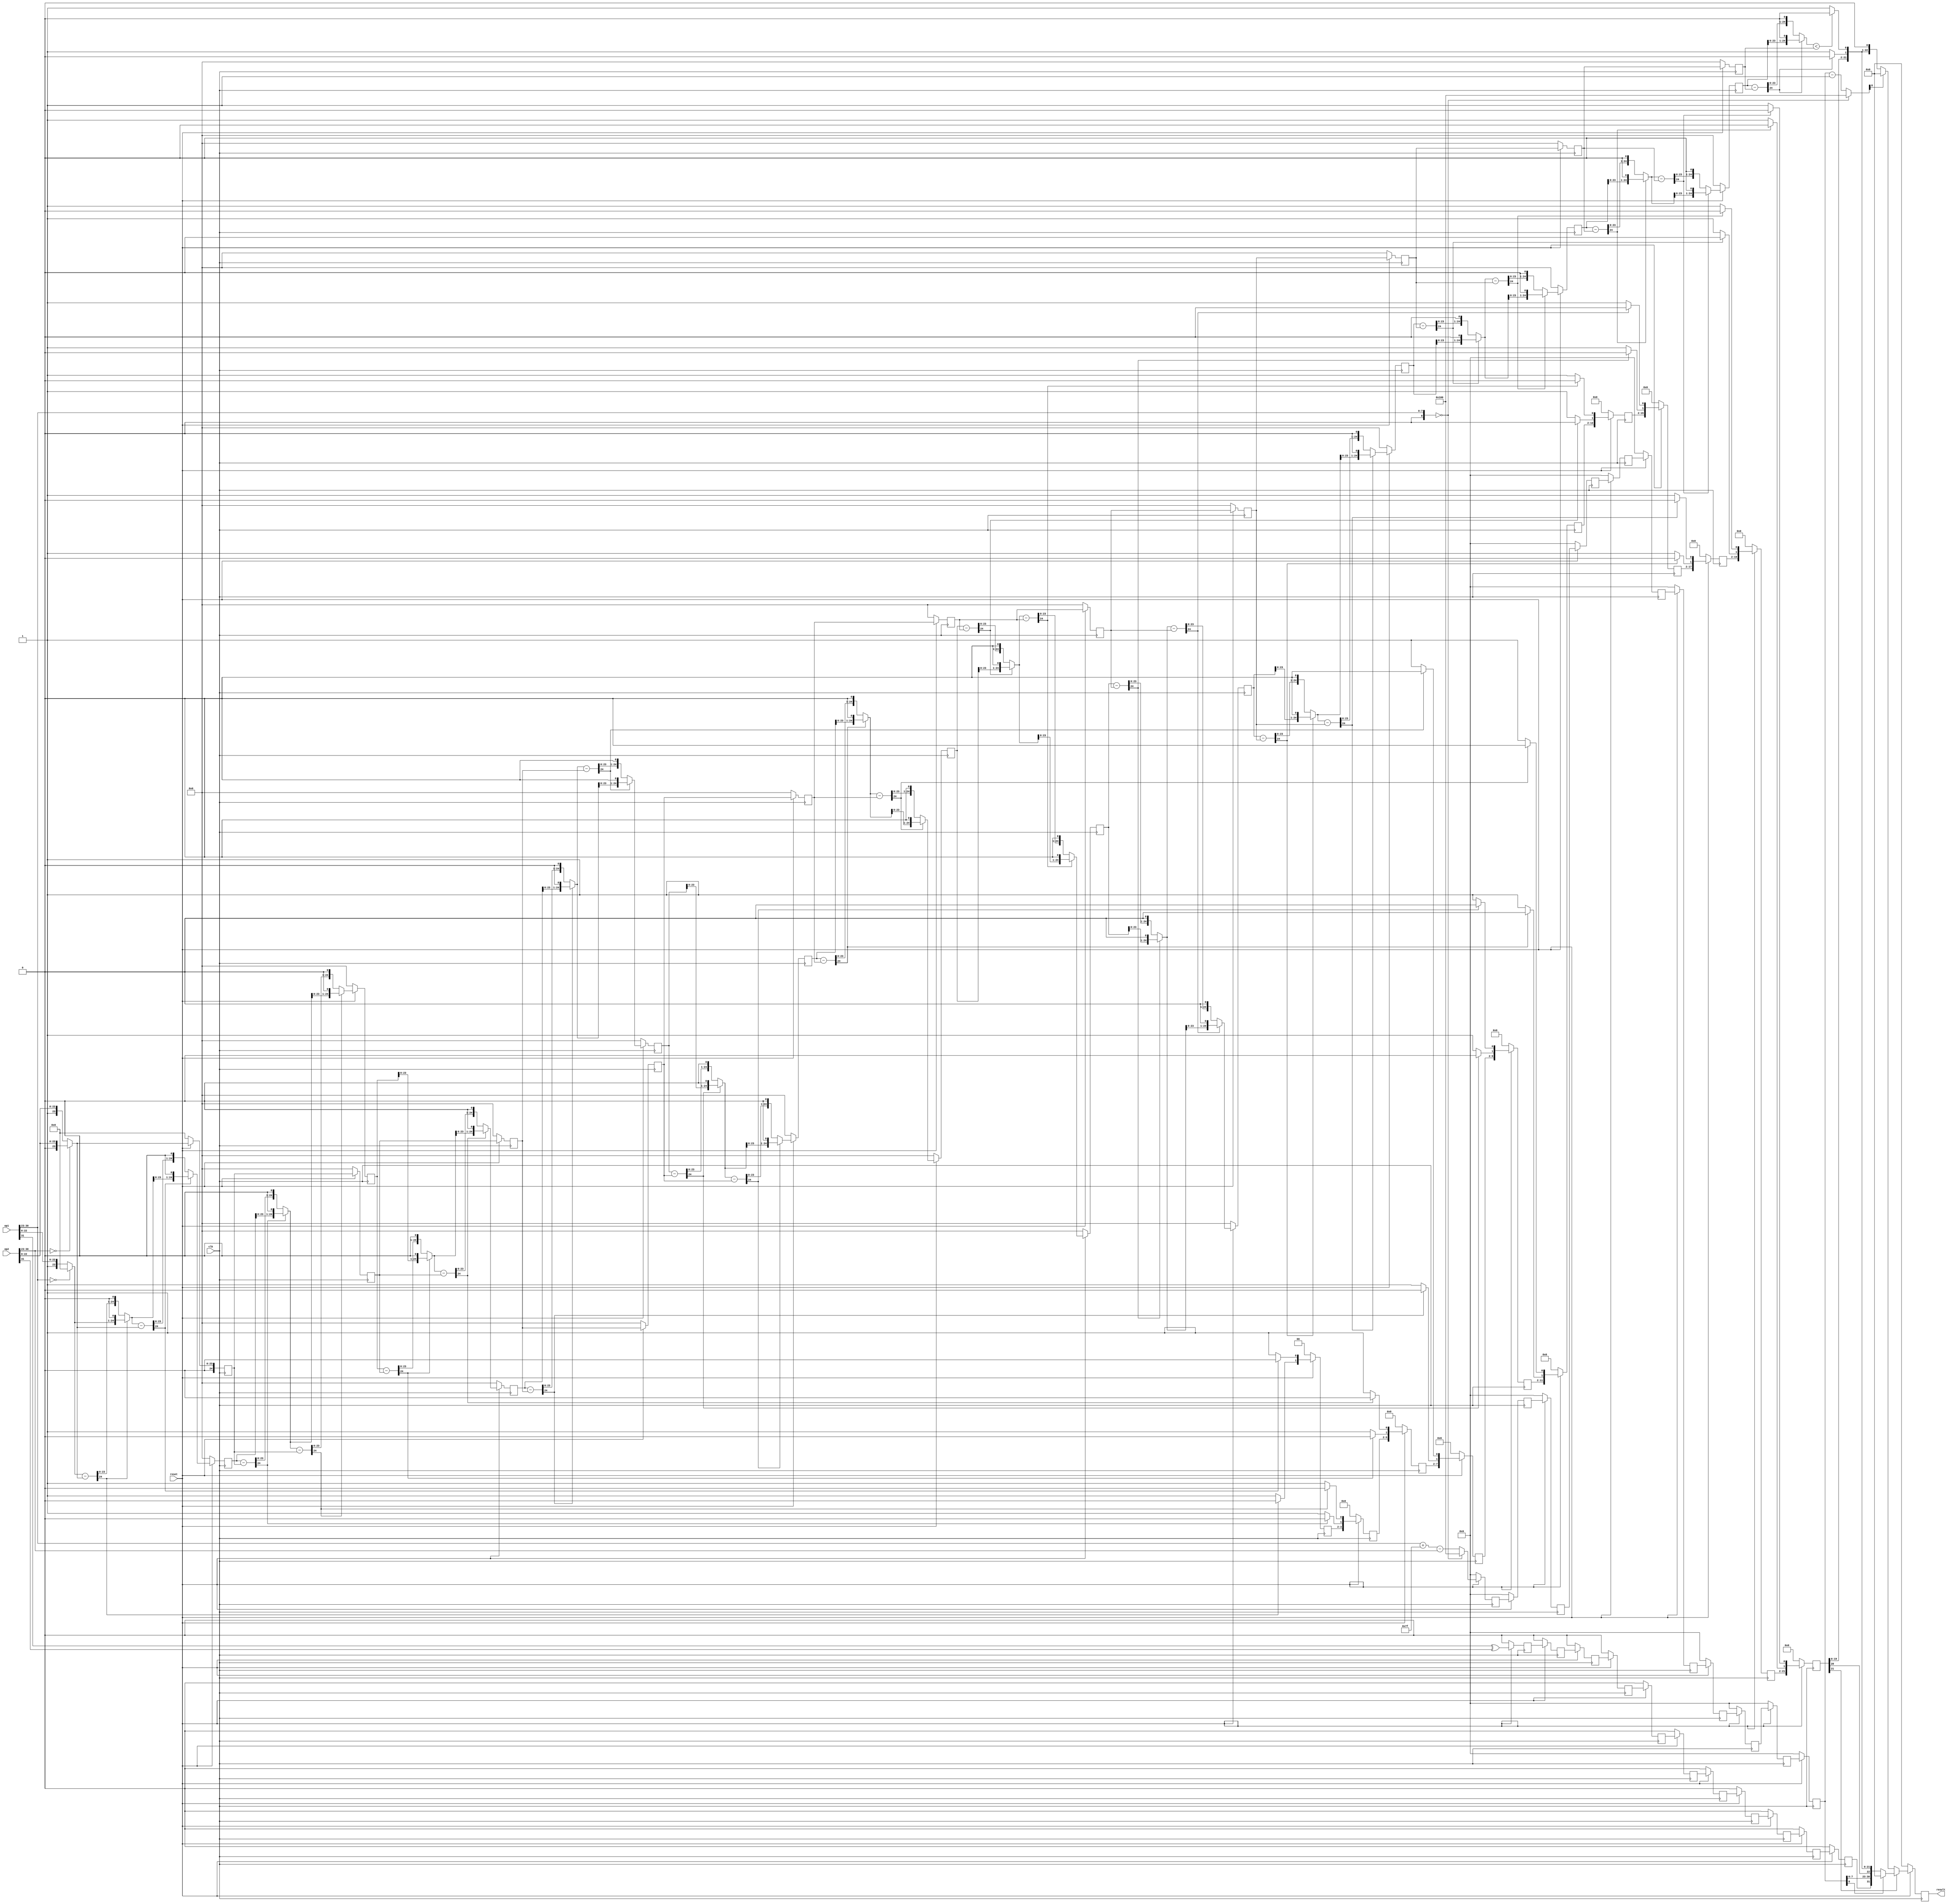
`timescale 1us / 100ns
`default_nettype none
module fdiv2
    (input wire [31:0] op1,
    input wire [31:0] op2,
    output reg [31:0] result,
    input wire clk,
    input wire reset
    );

    wire [24:0] fra1;
    wire [24:0] fra2;
    wire [8:0] exp1;
    wire [8:0] exp2;
    wire sig1;
    wire sig2;


    // assign fra1 = (op1[30:23] == 8'b0) ? {2'b00, op1[22:0]} : {2'b01, op1[22:0]};
    assign fra1 = (op1[30:23] == 8'b0) ? 25'd0 : {2'b01, op1[22:0]}; //exp = 00
    assign fra2 = (op2[30:23] == 8'b0) ? {2'b00, op2[22:0]} : {2'b01, op2[22:0]};
    assign exp1 = {1'b0, op1[30:23]};
    assign exp2 = {1'b0, op2[30:23]};
    assign sig1 = op1[31];
    assign sig2 = op2[31];

    reg [24:0] fra2_2;
    reg [24:0] fra2_3;
    reg [24:0] fra2_4;
    reg [24:0] fra2_5;
    reg [24:0] fra2_6;
    reg [24:0] fra2_7;
    reg [24:0] fra2_8;
    reg [24:0] fra2_9;
    reg [24:0] fra2_10;
    reg [24:0] fra2_11;
    reg [24:0] fra2_12;

    reg ans_sig_reg_2;
    reg ans_sig_reg_3;
    reg ans_sig_reg_4;
    reg ans_sig_reg_5;
    reg ans_sig_reg_6;
    reg ans_sig_reg_7;
    reg ans_sig_reg_8;
    reg ans_sig_reg_9;
    reg ans_sig_reg_10;
    reg ans_sig_reg_11;
    reg ans_sig_reg_12;

    wire [1:0] ans1_12;
    wire [1:0] ans2_12;
    wire [1:0] ans3_12;
    wire [1:0] ans4_12;
    wire [1:0] ans5_12;
    wire [1:0] ans6_12;
    wire [1:0] ans7_12;
    wire [1:0] ans8_12;
    wire [1:0] ans9_12;
    wire [1:0] ans10_12;
    wire [1:0] ans11_12;
    wire [1:0] ans12_12;

    reg [24:0] x2_reg;
    reg [24:0] x4_reg;
    reg [24:0] x6_reg;
    reg [24:0] x8_reg;
    reg [24:0] x10_reg;
    reg [24:0] x12_reg;
    reg [24:0] x14_reg;
    reg [24:0] x16_reg;
    reg [24:0] x18_reg;
    reg [24:0] x20_reg;
    reg [24:0] x22_reg;
    
    reg [1:0] ans1to1;
    reg [3:0] ans1to2;
    reg [5:0] ans1to3;
    reg [7:0] ans1to4;
    reg [9:0] ans1to5;
    reg [11:0] ans1to6;
    reg [13:0] ans1to7;
    reg [15:0] ans1to8;
    reg [17:0] ans1to9;
    reg [19:0] ans1to10;
    reg [21:0] ans1to11;

//x / fra2 = ans ... amari
    wire [24:0] sub1 = fra1 - fra2;
    wire [24:0] x1 = (sub1[24] == 1'b1) ? (fra1 << 1) : (sub1 << 1);
    assign ans1_12[1] = (sub1[24] == 1'b1) ? 1'b0 : 1'b1;
    wire [24:0] sub2 = x1 - fra2;
    wire [24:0] x2 = (sub2[24] == 1'b1) ? (x1 << 1) : (sub2 << 1);
    assign ans1_12[0] = (sub2[24] == 1'b1) ? 1'b0 : 1'b1;

    wire [24:0] sub3 = x2_reg - fra2_2;
    wire [24:0] x3 = (sub3[24] == 1'b1) ? (x2_reg << 1) : (sub3 << 1);
    assign ans2_12[1] = (sub3[24] == 1'b1) ? 1'b0 : 1'b1;
    wire [24:0] sub4 = x3 - fra2_2;
    wire [24:0] x4 = (sub4[24] == 1'b1) ? (x3 << 1) : (sub4 << 1);
    assign ans2_12[0] = (sub4[24] == 1'b1) ? 1'b0 : 1'b1;

    wire [24:0] sub5 = x4_reg - fra2_3;
    wire [24:0] x5 = (sub5[24] == 1'b1) ? (x4_reg << 1) : (sub5 << 1);
    assign ans3_12[1] = (sub5[24] == 1'b1) ? 1'b0 : 1'b1;
    wire [24:0] sub6 = x5 - fra2_3;
    wire [24:0] x6 = (sub6[24] == 1'b1) ? (x5 << 1) : (sub6 << 1);
    assign ans3_12[0] = (sub6[24] == 1'b1) ? 1'b0 : 1'b1;

    wire [24:0] sub7 = x6_reg - fra2_4;
    wire [24:0] x7 = (sub7[24] == 1'b1) ? (x6_reg << 1) : (sub7 << 1);
    assign ans4_12[1] = (sub7[24] == 1'b1) ? 1'b0 : 1'b1;
    wire [24:0] sub8 = x7 - fra2_4;
    wire [24:0] x8 = (sub8[24] == 1'b1) ? (x7 << 1) : (sub8 << 1);
    assign ans4_12[0] = (sub8[24] == 1'b1) ? 1'b0 : 1'b1;

    wire [24:0] sub9 = x8_reg - fra2_5;
    wire [24:0] x9 = (sub9[24] == 1'b1) ? (x8_reg << 1) : (sub9 << 1);
    assign ans5_12[1] = (sub9[24] == 1'b1) ? 1'b0 : 1'b1;
    wire [24:0] sub10 = x9 - fra2_5;
    wire [24:0] x10 = (sub10[24] == 1'b1) ? (x9 << 1) : (sub10 << 1);
    assign ans5_12[0] = (sub10[24] == 1'b1) ? 1'b0 : 1'b1;

    wire [24:0] sub11 = x10_reg - fra2_6;
    wire [24:0] x11 = (sub11[24] == 1'b1) ? (x10_reg << 1) : (sub11 << 1);
    assign ans6_12[1] = (sub11[24] == 1'b1) ? 1'b0 : 1'b1;
    wire [24:0] sub12 = x11 - fra2_6;
    wire [24:0] x12 = (sub12[24] == 1'b1) ? (x11 << 1) : (sub12 << 1);
    assign ans6_12[0] = (sub12[24] == 1'b1) ? 1'b0 : 1'b1;

    wire [24:0] sub13 = x12_reg - fra2_7;
    wire [24:0] x13 = (sub13[24] == 1'b1) ? (x12_reg << 1) : (sub13 << 1);
    assign ans7_12[1] = (sub13[24] == 1'b1) ? 1'b0 : 1'b1;
    wire [24:0] sub14 = x13 - fra2_7;
    wire [24:0] x14 = (sub14[24] == 1'b1) ? (x13 << 1) : (sub14 << 1);
    assign ans7_12[0] = (sub14[24] == 1'b1) ? 1'b0 : 1'b1;

    wire [24:0] sub15 = x14_reg - fra2_8;
    wire [24:0] x15 = (sub15[24] == 1'b1) ? (x14_reg << 1) : (sub15 << 1);
    assign ans8_12[1] = (sub15[24] == 1'b1) ? 1'b0 : 1'b1;
    wire [24:0] sub16 = x15 - fra2_8;
    wire [24:0] x16 = (sub16[24] == 1'b1) ? (x15 << 1) : (sub16 << 1);
    assign ans8_12[0] = (sub16[24] == 1'b1) ? 1'b0 : 1'b1;

    wire [24:0] sub17 = x16_reg - fra2_9;
    wire [24:0] x17 = (sub17[24] == 1'b1) ? (x16_reg << 1) : (sub17 << 1);
    assign ans9_12[1] = (sub17[24] == 1'b1) ? 1'b0 : 1'b1;
    wire [24:0] sub18 = x17 - fra2_9;
    wire [24:0] x18 = (sub18[24] == 1'b1) ? (x17 << 1) : (sub18 << 1);
    assign ans9_12[0] = (sub18[24] == 1'b1) ? 1'b0 : 1'b1;

    wire [24:0] sub19 = x18_reg - fra2_10;
    wire [24:0] x19 = (sub19[24] == 1'b1) ? (x18_reg << 1) : (sub19 << 1);
    assign ans10_12[1] = (sub19[24] == 1'b1) ? 1'b0 : 1'b1;
    wire [24:0] sub20 = x19 - fra2_10;
    wire [24:0] x20 = (sub20[24] == 1'b1) ? (x19 << 1) : (sub20 << 1);
    assign ans10_12[0] = (sub20[24] == 1'b1) ? 1'b0 : 1'b1;

    wire [24:0] sub21 = x20_reg - fra2_11;
    wire [24:0] x21 = (sub21[24] == 1'b1) ? (x20_reg << 1) : (sub21 << 1);
    assign ans11_12[1] = (sub21[24] == 1'b1) ? 1'b0 : 1'b1;
    wire [24:0] sub22 = x21 - fra2_11;
    wire [24:0] x22 = (sub22[24] == 1'b1) ? (x21 << 1) : (sub22 << 1);
    assign ans11_12[0] = (sub22[24] == 1'b1) ? 1'b0 : 1'b1;

    wire [24:0] sub23 = x22_reg - fra2_12;
    wire [24:0] x23 = (sub23[24] == 1'b1) ? (x22_reg << 1) : (sub23 << 1);
    assign ans12_12[1] = (sub23[24] == 1'b1) ? 1'b0 : 1'b1;
    wire sub24 = (x23 < fra2_12);
    assign ans12_12[0] = (sub24 == 1'b1) ? 1'b0 : 1'b1;

    reg [8:0] ans_exp_2;
    reg [8:0] ans_exp_3;
    reg [8:0] ans_exp_4;
    reg [8:0] ans_exp_5;
    reg [8:0] ans_exp_6;
    reg [8:0] ans_exp_7;
    reg [8:0] ans_exp_8;
    reg [8:0] ans_exp_9;
    reg [8:0] ans_exp_10;
    reg [8:0] ans_exp_11;
    reg [8:0] ans_exp_12;

    wire [8:0] for_ans_exp;
    assign for_ans_exp = exp1 + 9'd127;
    wire [8:0] ans_exp;
    assign ans_exp = (exp1 == 9'd0) ? 9'b100000000 : (for_ans_exp - exp2);

    wire [8:0] ans_exp_12_minus1;
    assign ans_exp_12_minus1 = (exp1 == 9'd0) ? 9'b100000000 : (ans_exp_12 - 9'd1);

    always @(posedge clk) begin
        if (~reset) begin
            result <= 32'd0;
            x2_reg <= 25'd0;
            x4_reg <= 25'd0;
            x6_reg <= 25'd0;
            x8_reg <= 25'd0;
            x10_reg <= 25'd0;
            x12_reg <= 25'd0;
            x14_reg <= 25'd0;
            x16_reg <= 25'd0;
            x18_reg <= 25'd0;
            x20_reg <= 25'd0;
            x22_reg <= 25'd0;

            ans1to1 <= 2'd0;
            ans1to2 <= 4'd0;
            ans1to3 <= 6'd0;
            ans1to4 <= 8'd0;
            ans1to5 <= 10'd0;
            ans1to6 <= 12'd0;
            ans1to7 <= 14'd0;
            ans1to8 <= 16'd0;
            ans1to9 <= 18'd0;
            ans1to10 <= 20'd0;
            ans1to11 <= 22'd0;

            fra2_2 <= 25'd0;
            fra2_3 <= 25'd0;
            fra2_4 <= 25'd0;
            fra2_5 <= 25'd0;
            fra2_6 <= 25'd0;
            fra2_7 <= 25'd0;
            fra2_8 <= 25'd0;
            fra2_9 <= 25'd0;
            fra2_10 <= 25'd0;
            fra2_11 <= 25'd0;
            fra2_12 <= 25'd0;
            ans_exp_2 <= 9'd0;
            ans_exp_3 <= 9'd0;
            ans_exp_4 <= 9'd0;
            ans_exp_5 <= 9'd0;
            ans_exp_6 <= 9'd0;
            ans_exp_7 <= 9'd0;
            ans_exp_8 <= 9'd0;
            ans_exp_9 <= 9'd0;
            ans_exp_10 <= 9'd0;
            ans_exp_11 <= 9'd0;
            ans_exp_12 <= 9'd0;

            ans_sig_reg_2 <= 1'b0;
            ans_sig_reg_3 <= 1'b0;
            ans_sig_reg_4 <= 1'b0;
            ans_sig_reg_5 <= 1'b0;
            ans_sig_reg_6 <= 1'b0;
            ans_sig_reg_7 <= 1'b0;
            ans_sig_reg_8 <= 1'b0;
            ans_sig_reg_9 <= 1'b0;
            ans_sig_reg_10 <= 1'b0;
            ans_sig_reg_11 <= 1'b0;
            ans_sig_reg_12 <= 1'b0;
        end else begin

            x2_reg <= x2;
            ans1to1 <= ans1_12;
            x4_reg <= x4;
            ans1to2 <= {ans1to1, ans2_12};
            x6_reg <= x6;
            ans1to3 <= {ans1to2, ans3_12};
            x8_reg <= x8;
            ans1to4 <= {ans1to3, ans4_12};
            x10_reg <= x10;
            ans1to5 <= {ans1to4, ans5_12};
            x12_reg <= x12;
            ans1to6 <= {ans1to5, ans6_12};
            x14_reg <= x14;
            ans1to7 <= {ans1to6, ans7_12};
            x16_reg <= x16;
            ans1to8 <= {ans1to7, ans8_12};
            x18_reg <= x18;
            ans1to9 <= {ans1to8, ans9_12};
            x20_reg <= x20;
            ans1to10 <= {ans1to9, ans10_12};
            x22_reg <= x22;
            ans1to11 <= {ans1to10, ans11_12};

            fra2_2 <= fra2;
            fra2_3 <= fra2_2;
            fra2_4 <= fra2_3;
            fra2_5 <= fra2_4;
            fra2_6 <= fra2_5;
            fra2_7 <= fra2_6;
            fra2_8 <= fra2_7;
            fra2_9 <= fra2_8;
            fra2_10 <= fra2_9;
            fra2_11 <= fra2_10;
            fra2_12 <= fra2_11;
            ans_exp_2 <= ans_exp;
            ans_exp_3 <= ans_exp_2;
            ans_exp_4 <= ans_exp_3;
            ans_exp_5 <= ans_exp_4;
            ans_exp_6 <= ans_exp_5;
            ans_exp_7 <= ans_exp_6;
            ans_exp_8 <= ans_exp_7;
            ans_exp_9 <= ans_exp_8;
            ans_exp_10 <= ans_exp_9;
            ans_exp_11 <= ans_exp_10;
            ans_exp_12 <= ans_exp_11;
            ans_sig_reg_2 <= sig1 ^ sig2;
            ans_sig_reg_3 <= ans_sig_reg_2;
            ans_sig_reg_4 <= ans_sig_reg_3;
            ans_sig_reg_5 <= ans_sig_reg_4;
            ans_sig_reg_6 <= ans_sig_reg_5;
            ans_sig_reg_7 <= ans_sig_reg_6;
            ans_sig_reg_8 <= ans_sig_reg_7;
            ans_sig_reg_9 <= ans_sig_reg_8;
            ans_sig_reg_10 <= ans_sig_reg_9;
            ans_sig_reg_11 <= ans_sig_reg_10;
            ans_sig_reg_12 <= ans_sig_reg_11;
            if (ans1to11[21] == 1'b1) begin//
                if (ans_exp_12[8] == 1'b1) begin
                    result <= 32'd0;
                end else begin
                    result <= {ans_sig_reg_12, ans_exp_12[7:0], ans1to11[20:0], ans12_12};
                end
            end else begin
                if (ans_exp_12_minus1[8] == 1'b1) begin
                    result <= 32'd0;
                end else begin
                    result <= {ans_sig_reg_12, ans_exp_12_minus1[7:0], ans1to11[19:0], ans12_12, 1'b0};//
                end
            end
        end
    end
endmodule
`default_nettype wire